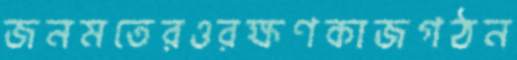
জনমতেরওরক্ষণকাজগঠন